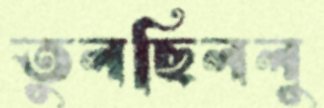
তুলছিললু